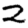
Digit: 2